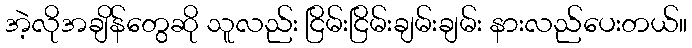
အဲ့လိုအချိန်တွေဆို သူလည်း ငြိမ်းငြိမ်းချမ်းချမ်း နားလည်ပေးတယ်။